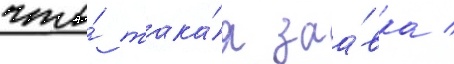
что́ така́я заа́вка /